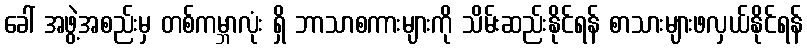
ခေါ် အဖွဲ့အစည်းမှ တစ်ကမ္ဘာလုံး ရှိ ဘာသာစကားများကို သိမ်းဆည်းနိုင်ရန် စာသားများဖလှယ်နိုင်ရန်